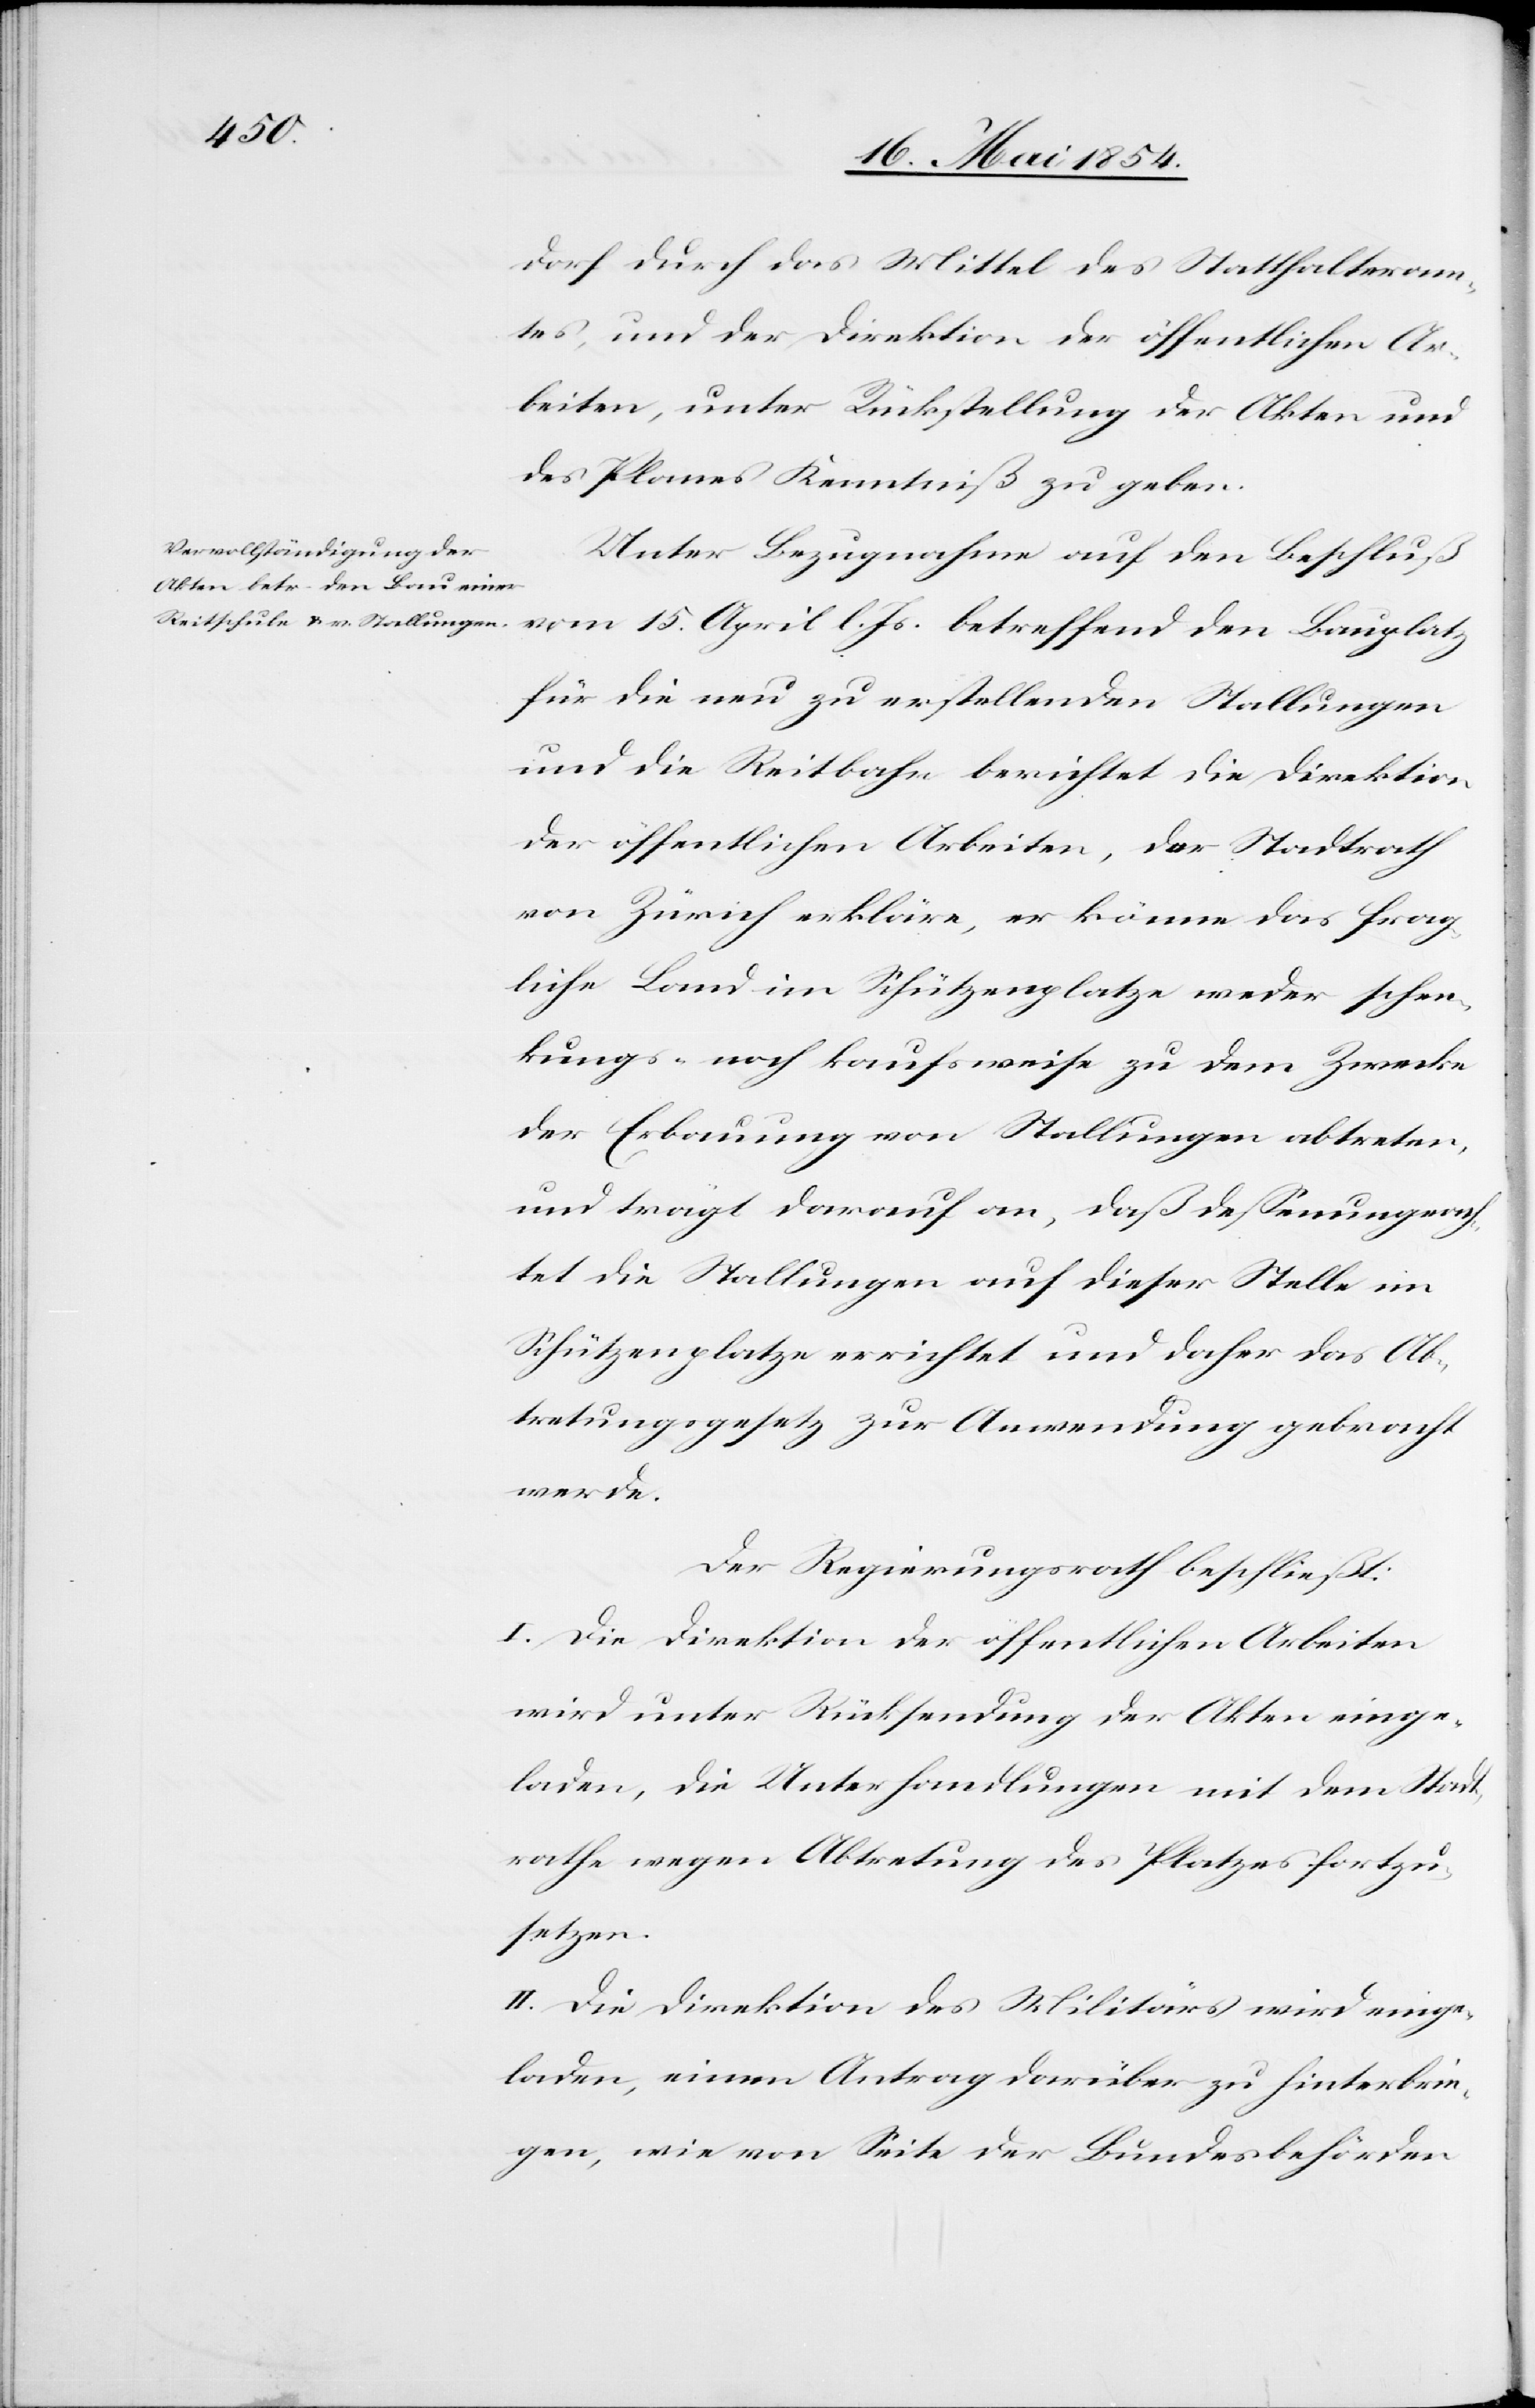
dorf durch das Mittel des Statthalteram¬
tes, und der Direktion der öffentlichen Ar¬
beiten, unter Rückstellung der Akten und
des Planes Kenntniß zu geben.
Unter Bezugnahme auf den Beschluß
vom 15. April l. Js. betreffend den Bauplatz
für die neu zu erstellenden Stallungen
und die Reitbahn berichtet die Direktion
der öffentlichen Arbeiten, der Stadtrath
von Zürich erkläre, er könne das frag¬
liche Land im Schützenplatze weder schen¬
kungs- noch kaufsweise zu dem Zwecke
der Erbauung von Stallungen abtreten,
und trägt darauf an, daß deßenungeach¬
tet die Stallungen auf dieser Stelle im
Schützenplatze errichtet und daher das Ab¬
tretungsgesetz zur Anwendung gebracht
werde.
Der Regierungsrath beschließt:
I. Die Direktion der öffentlichen Arbeiten
wird unter Rücksendung der Akten einge¬
laden, die Unterhandlungen mit dem Stadt¬
rathe wegen Abtretung des Platzes fortzu¬
setzen.
II. Die Direktion des Militärs wird einge¬
laden, einen Antrag darüber zu hinterbrin¬
gen, wie von Seite der Bundesbehörden